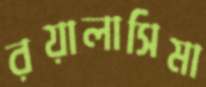
রয়ালাসিমা